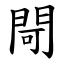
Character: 閜